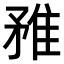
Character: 𨾣